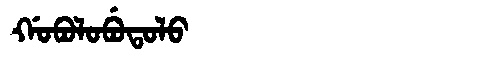
Manchu: ᡤᠣᠪᠣᠯᠣᠪᡠᡨᠣᠯᠣ
Romanization: GOBOLOBUTOLO